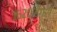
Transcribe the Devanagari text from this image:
१६२०डिग्री